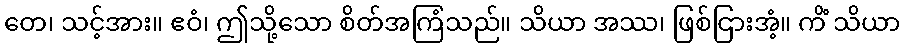
တေ၊ သင့်အား။ ဧဝံ၊ ဤသို့သော စိတ်အကြံသည်။ သိယာ အဿ၊ ဖြစ်ငြားအံ့။ ကိံ သိယာ